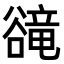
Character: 𧯇